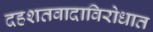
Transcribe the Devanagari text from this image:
दहशतवादाविरोधात